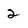
Character: 2